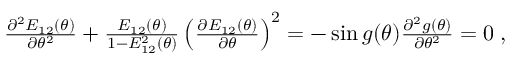
\begin{array} { r } { \frac { \partial ^ { 2 } E _ { 1 2 } ( \theta ) } { \partial \theta ^ { 2 } } + \frac { E _ { 1 2 } ( \theta ) } { 1 - E _ { 1 2 } ^ { 2 } ( \theta ) } \left( \frac { \partial E _ { 1 2 } ( \theta ) } { \partial \theta } \right) ^ { 2 } = - \sin g ( \theta ) \frac { \partial ^ { 2 } g ( \theta ) } { \partial \theta ^ { 2 } } = 0 \; , } \end{array}